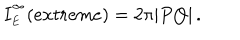
I _ { \phantom { } _ { E } } ^ { \phantom { } ^ { \infty } } ( e x t r e m e ) = 2 \pi | P Q | \, .